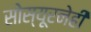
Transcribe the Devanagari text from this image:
सोस्यूरनेही